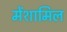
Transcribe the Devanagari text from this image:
मेंशामिल